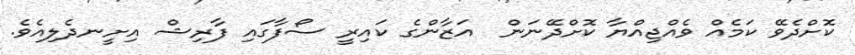
ކޮށްދެވޭ ކަމެއް ވެއްޖިއްޔާ ކޮށްދޭނަން  އަޒާންގެ ކައިރީ ސޯފާގައި ފާރިޝް އިށީނދެލިއެވެ.